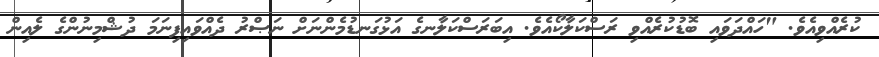
ކުރެއްވިއެވެ. "ހައްދަވައި ބޮޑުކުރެއްވި ރަސްކަލާކޯއެވެ. އިބަރަސްކަލާނގެ އަޅުގަނޑުމެންނަށް ނަޞްރު ދެއްވައިފިނަމަ ދުޝްމިނުންގެ ލެއިން